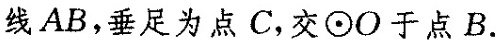
线AB，垂足为点C，交⊙O于点B.